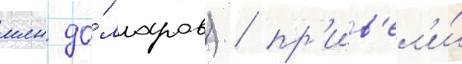
млн до́лларов) / пр'ив'ел'и́